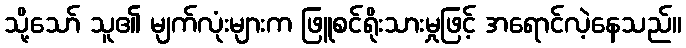
သို့သော် သူ၏ မျက်လုံးများက ဖြူစင်ရိုးသားမှုဖြင့် အရောင်လဲ့နေသည်။